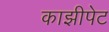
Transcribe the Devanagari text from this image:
काझीपेट